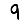
Digit: 9